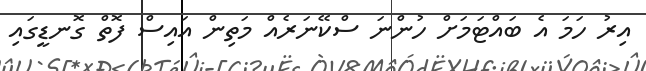
އިރު ހަމަ އެ ބައްޓަމަށް ހުންނަ ސްކޭނަރެއް މަތިން އައިސް ފޮތް ގޮނޑީގައި